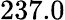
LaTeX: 237.0